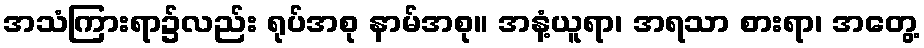
အသံကြားရာ၌လည်း ရုပ်အစု နာမ်အစု။ အနံ့ယူရာ၊ အရသာ စားရာ၊ အတွေ့